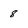
Character: 8